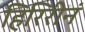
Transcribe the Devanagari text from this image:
हिरिरीनं